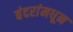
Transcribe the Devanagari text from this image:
बंदरांमधून